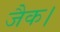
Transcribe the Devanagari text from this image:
जैक।